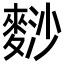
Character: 𪌮